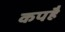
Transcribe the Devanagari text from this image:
कपहै